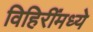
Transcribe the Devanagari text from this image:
विहिरींमध्ये